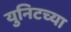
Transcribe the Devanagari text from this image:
युनिटच्या